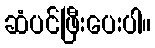
ဆံပင်ဖြီးပေးပါ။